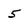
Character: 5